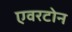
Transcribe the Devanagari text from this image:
एवरटोन